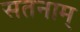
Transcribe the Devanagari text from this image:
सतनाम्